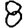
Digit: 8